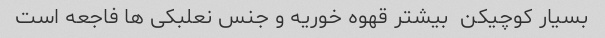
بسیار کوچیکن  بیشتر قهوه خوریه و جنس نعلبکی ها فاجعه است